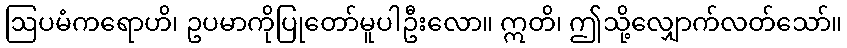
ဩပမံကရောဟိ၊ ဥပမာကိုပြုတော်မူပါဦးလော။ ဣတိ၊ ဤသို့လျှောက်လတ်သော်။